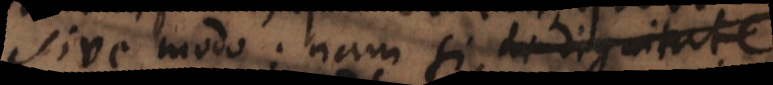
sive modo: nam si de dignitate